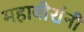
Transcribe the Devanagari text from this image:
महावीरांनी